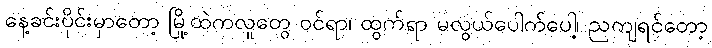
နေ့ခင်းပိုင်းမှာတော့ မြို့ထဲကလူတွေ ဝင်ရာ၊ ထွက်ရာ မလွယ်ပေါက်ပေါ့၊ ညကျရင်တော့